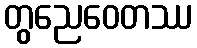
တွညေဝေတဿ